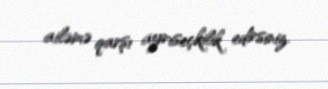
ailəmə qarşı ayrıseçkilik edirsiniz.